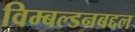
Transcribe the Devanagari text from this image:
विम्बल्डनबद्दल